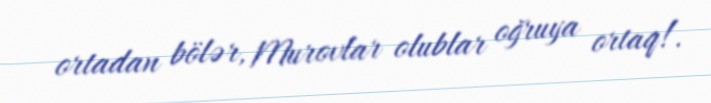
ortadan bölər, Murovlar olublar oğruya ortaq!.